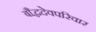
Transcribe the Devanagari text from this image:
बौद्धदेवपरिवार